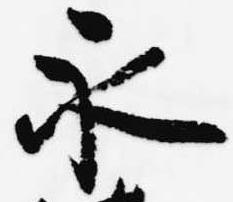
永